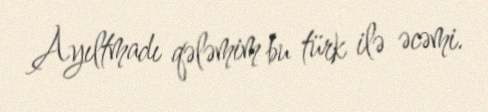
Ayıltmadı qələmim bu türk ilə əcəmi.